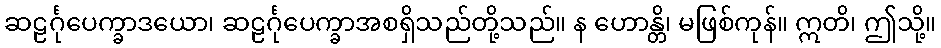
ဆဠင်္ဂုပေက္ခာဒယော၊ ဆဠင်္ဂုပေက္ခာအစရှိသည်တို့သည်။ န ဟောန္တိ၊ မဖြစ်ကုန်။ ဣတိ၊ ဤသို့။